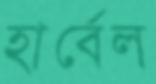
হার্বেল